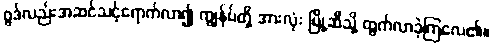
ဂွဒ်လည်းအဆင်သင့်ရောက်လာ၍ ကျွန်ုပ်တို့ အားလုံး မြို့ဆီသို့ ထွက်လာခဲ့ကြလေ၏။